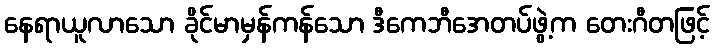
နေရာယူလာသော ခိုင်မာမှန်ကန်သော ဒီကေဘီအေတပ်ဖွဲ့က တေးဂီတဖြင့်